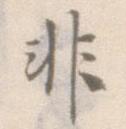
非